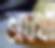
অযথা